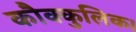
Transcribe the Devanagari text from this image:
कौक्कुलिक।